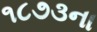
૧૮૭૩ના